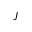
J